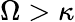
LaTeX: \Omega>\kappa